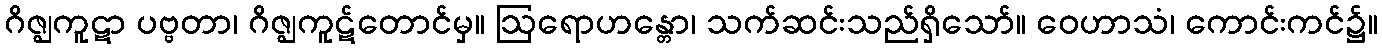
ဂိဇ္ဈကူဋာ ပဗ္ဗတာ၊ ဂိဇ္ဈကူဋ်တောင်မှ။ ဩရောဟန္တော၊ သက်ဆင်းသည်ရှိသော်။ ဝေဟာသံ၊ ကောင်းကင်၌။